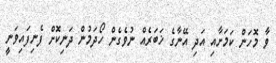
ވާ މޮހަން ކަމަށާއި އަދި އޭނާގެ ޚަބަރެއް ނުވެގެން ހޯދަމުން ދަނިކޮށް ފެނިފައިވަނީ